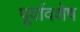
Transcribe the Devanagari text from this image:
पूर्वावशेष